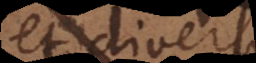
et divers